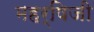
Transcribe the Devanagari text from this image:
महर्षिजी